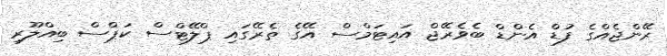
ރޭންޖެއްގެ ފުޑް އެންޑް ބެވެރޭޖް އައިޓަމްސް އޭގެ ތެރޭގައި ޕްލޭޓްސް ކަޕްސް ބިއްލޫރި